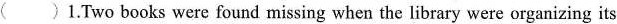
( )1.Two books were found missing when the library were organizing its